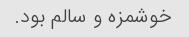
خوشمزه و سالم بود.